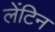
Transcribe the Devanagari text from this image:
लेंटिन